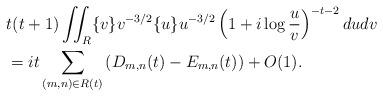
LaTeX: \begin{align*}&t(t+1) \iint_R \{v\} v^{-3/2} \{u\} u^{-3/2} \left(1+i\log\frac{u}{v}\right)^{-t-2} dudv \\&= it \sum_{(m,n)\in R(t)} \left(D_{m,n}(t) - E_{m,n}(t)\right) + O(1).\end{align*}